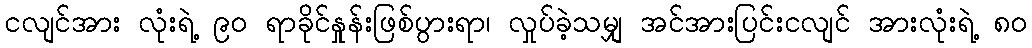
ငလျင်အား လုံးရဲ့ ၉ဝ ရာခိုင်နှုန်းဖြစ်ပွားရာ၊ လှုပ်ခဲ့သမျှ အင်အားပြင်းငလျင် အားလုံးရဲ့ ၈ဝ